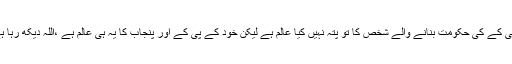
ان کا کہنا تھا کہ کے پی کے کی حکومت بنانے والے شخص کا تو پتہ نہیں کیا عالم ہے لیکن خود کے پی کے اور پنجاب کا یہ ہی عالم ہے ،اللہ دیکھ رہا ہے جو کچھ ہو رہا ہے ۔